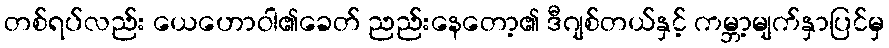
တစ်ရပ်လည်း ယေဟောဝါ၏ခေတ် ညည်းနေတော့၏ ဒီဂျစ်တယ်နှင့် ကမ္ဘာ့မျက်နှာပြင်မှ